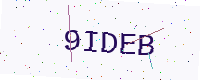
Text: 9IDEB